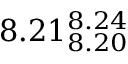
8 . 2 1 _ { 8 . 2 0 } ^ { 8 . 2 4 }